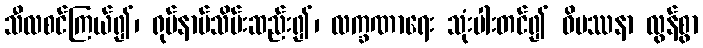
သီလစင်ကြယ်၍၊ ရုပ်နာမ်သိမ်းဆည်း၍၊ လက္ခဏာရေး သုံးပါးတင်၍ ဝိပဿနာ လွန်စွာ